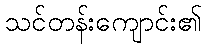
သင်တန်းကျောင်း၏